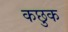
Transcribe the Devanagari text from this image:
कछुक